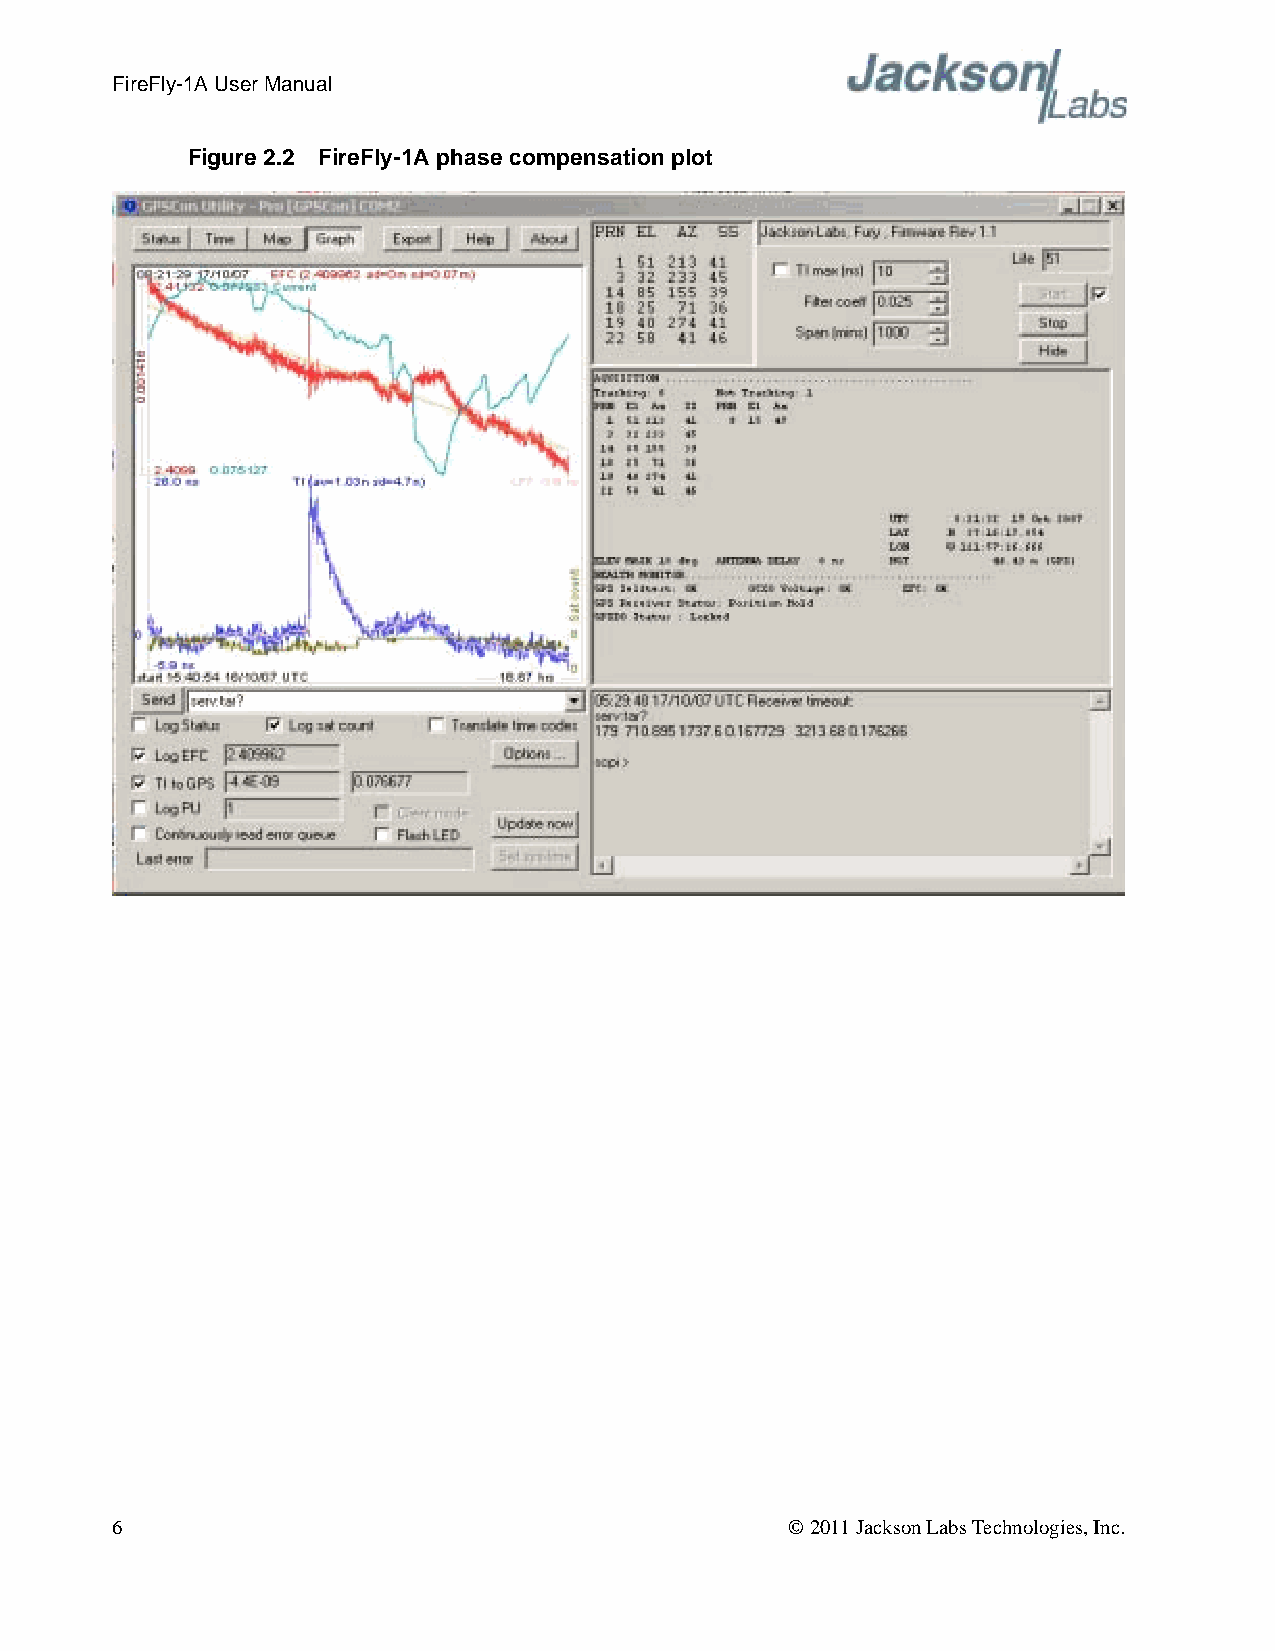
FireFly-1A User Manual
 Figure 2.2 FireFly-1A phase compensation plot
 6                                            © 2011 Jackson Labs Technologies, Inc.